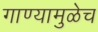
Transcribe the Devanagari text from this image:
गाण्यामुळेच